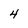
Character: 4